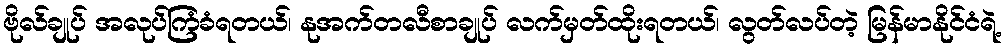
ဗိုလ်ချုပ် အလုပ်ကြံခံရတယ်၊ နုအက်တလီစာချုပ် လက်မှတ်ထိုးရတယ်၊ လွတ်လပ်တဲ့ မြန်မာနိုင်ငံရဲ့